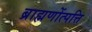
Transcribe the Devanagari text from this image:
ब्राह्मणोंत्पत्ति